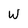
Character: W